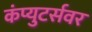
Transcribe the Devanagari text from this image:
कंप्युटर्सवर